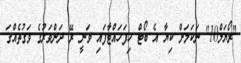
"ރޯޔަލް10" ނަކަމަށް ކިޔާ އެ ބޯޓް ހިފަހައްޓާފައި ވަނީ ރޭ ދަންވަރުގެ ވަގުތެއްގަ